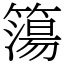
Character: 簜